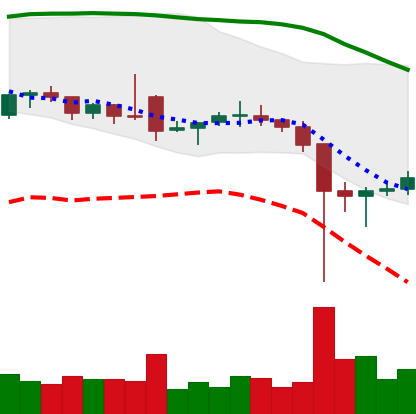
Ticker: ETC-USD
Chart end date: 2021-12-08
Forward return: -16.408%
Label: down_7plus